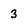
Character: 3